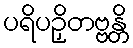
ပရိပဉှိတဗ္ဗန္တိ